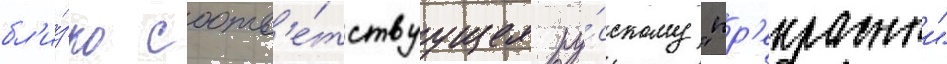
бл'и́зко соотв'е́тствуущее ру́сскому "пр'екрасныи"